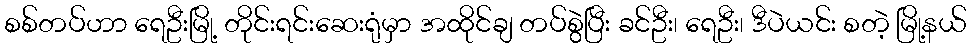
စစ်တပ်ဟာ ရေဦးမြို့ တိုင်းရင်းဆေးရုံမှာ အထိုင်ချ တပ်စွဲပြီး ခင်ဦး၊ ရေဦး၊ ဒီပဲယင်း စတဲ့ မြို့နယ်